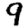
Digit: 9